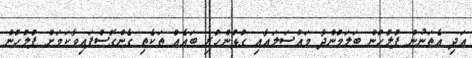
އަދި އެތަނުން ފުލުހުން ބަލަމުންދާ މައްސަލައާއި ގުޅުންހުރި ބައެއް ތަކެތި ގެންގޮސްފައިވާކަމަށް ފުލުހުން